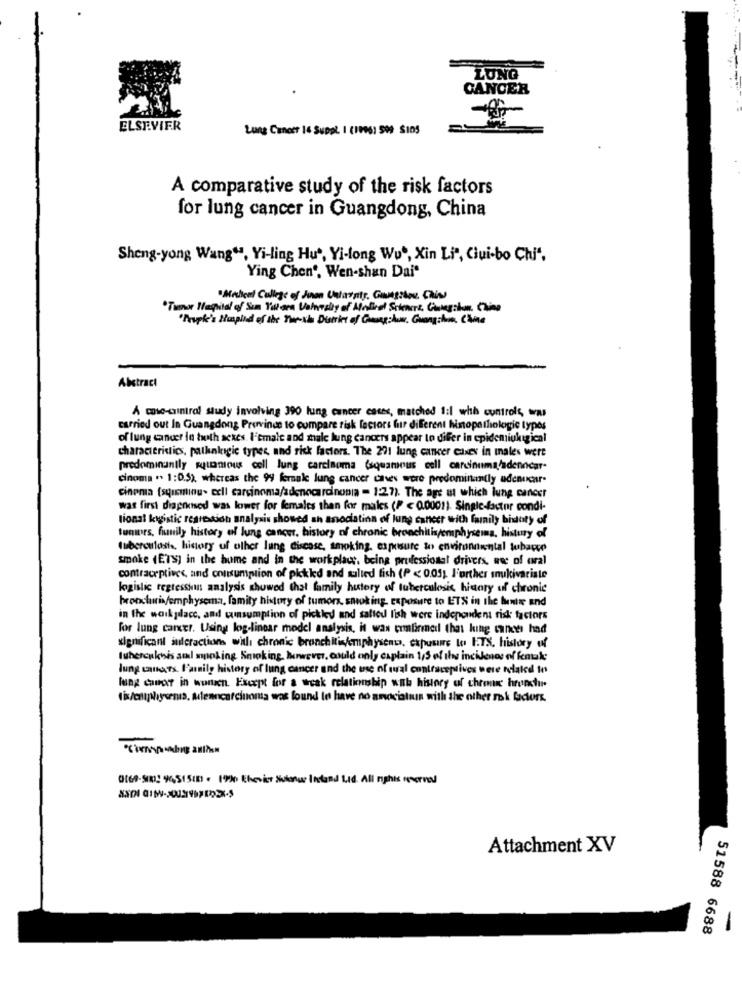
LONG
CANCER
ELSEVIER
Lung Cancer 16 SuppL. I (1996) 999 $105
A comparative study of the risk factors
for lung cancer in Guangdong, China
Sheng-yong Wang", Yi-ling Hus, Yi-long Wu", Xin Li", Cui-bo Chi".
Ying Chen". Wen-shan Dai"
"Millent College of Jinan Unladsity. Gungzhou. Chies
"Tumor Hapital of Sun Yallora Vahealty of Alolieel Seiencrt, Cunegolon. China
"Trupke's Huspied of the The-she Duties of Gamesshow. Guangihn, Chine
Abstract
A cose-aintral study involving 390 lung cancer cases, matched 1:1 whh controls, was
carried out In Guangdong Province to compare risk factors fur different histopathologie types
of lung cancer in both sexes. I'smale and male lung cancers appear to differ in epidemiukigical
characteristics, pathologie types and risk factors. The 201 lung cancer cases in unales were
predominantly squamous cell lung carcinoma (squamous cell carcinuma/adenncar-
cinoma .. 1:0.5), whereas the 99 forsale lung cancer caves were predominantly udenusar-
cinema (squeminu- cell carcinoma/adenocarcinonia - 1:27). The age ut which lung cancer
was first diagnosed was lower for females than for males (P < 0.0001). Single-factor condi-
tional kwgistic regression analysis showed ah anodatinn of lung cancer with family bidoty of
tumors, fiunily history of lung cancer, history of chronic bronchitis/emphysema, history of
tuberculosis, history of other lung disease, smoking, exposure to environmental tubarco
smoke (ETS] in the hume and in the workplace. being professional drivers, use of oral
contraceptives, and consumption of pickled and sulted fish (P < 0.05; l'orther snukivariate
logistic regression analysis showed that family history of tuberculosis hiaary of chronic
bronchuwis/emphysema, family history of tumors, smoking exposure to ETS in the bentre and
in the workplace, and winsumption of pickled and sattou lish were independent risk factors
for lung cancer. Using log-linear model analysis, it was confirmed that king cances had
significant interactions with chronic bronchitis/emphyscno, exposure to ITX. History of
tuberculosis sal working Smoking, however, could only captain 1/5 of the incidents of female
Jung carnets Family history of lung cancer and the use of wal contraceptivos were related to
lung cancer in worten. Except for a weak relationship with history of chron hronchur.
fix/emphysema. Menncarcinoma was found to have no anociatiun with the other rok faders.
0160-510: 96,51516) . 199 thevier Solange Instand Lid. All rights reserved
Attachment XV
51588 6688